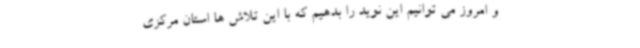
و امروز می توانیم این نوید را بدهیم که با این تلاش ها استان مرکزی